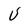
Character: U